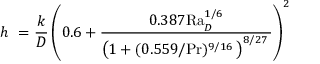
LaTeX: h \ = { \frac { k } { D } } \left( { 0 . 6 + { \frac { 0 . 3 8 7 \mathrm { R a } _ { D } ^ { 1 / 6 } } { \left( 1 + ( 0 . 5 5 9 / \mathrm { P r } ) ^ { 9 / 1 6 } \, \right) ^ { 8 / 2 7 } \, } } } \right) ^ { 2 }